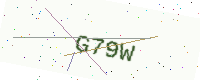
Text: G79W